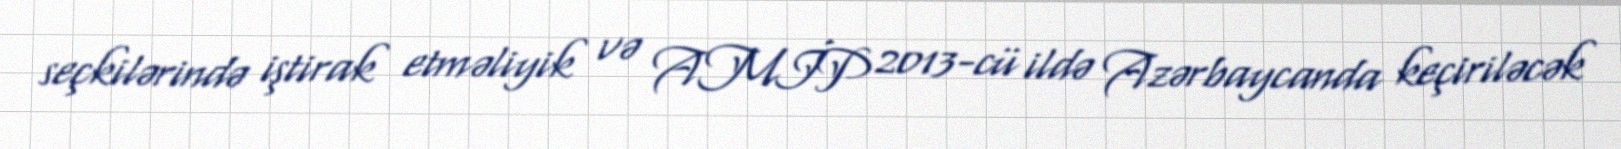
seçkilərində iştirak etməliyik və AMİP 2013-cü ildə Azərbaycanda keçiriləcək